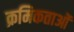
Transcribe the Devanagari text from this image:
क्रमिकताओं